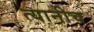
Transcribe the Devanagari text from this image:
त्यानीच